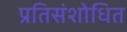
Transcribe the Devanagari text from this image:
प्रतिसंशोधित